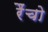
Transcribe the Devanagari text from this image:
रैंचो